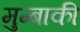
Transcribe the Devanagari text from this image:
मुम्बाकी